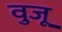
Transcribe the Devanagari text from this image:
वुजू